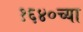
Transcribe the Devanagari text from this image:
१६४०च्या